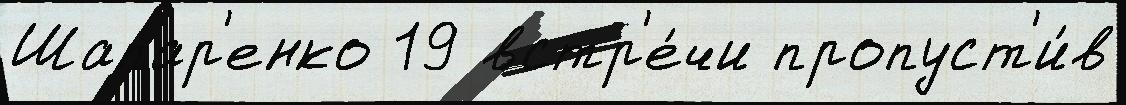
Шапар'енко 19 встр'е́чи пропуст'и́в